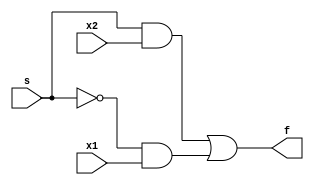
module Week5lab (
input x1 ,
input x2 ,
input s,
output f
);
assign f = (s & x2) | ((~ s) & x1);
endmodule